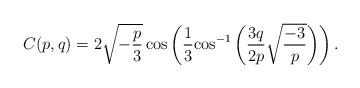
LaTeX: \begin{align*}C(p,q) = 2\sqrt { - \frac{p}{3}} \cos \left( {\frac{1}{3}{{\cos }^{ - 1}}\left( {\frac{{3q}}{{2p}}\sqrt {\frac{{ - 3}}{p}} } \right)} \right).\end{align*}